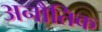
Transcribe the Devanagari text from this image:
अनौतिक